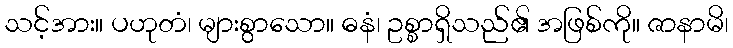
သင့်အား။ ပဟုတံ၊ များစွာသော။ ဓနံ၊ ဥစ္စာရှိသည်၏ အဖြစ်ကို။ ဇာနာမိ၊